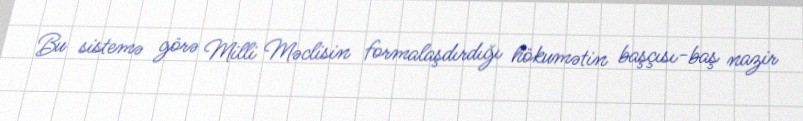
Bu sistemə görə Milli Məclisin formalaşdırdığı hökumətin başçısı-baş nazir